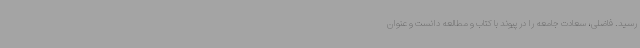
رسید. فاضلی، سعادت جامعه را در پیوند با کتاب و مطالعه دانست و عنوان